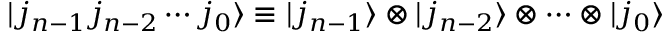
| j _ { n - 1 } j _ { n - 2 } \cdots j _ { 0 } \rangle \equiv | j _ { n - 1 } \rangle \otimes | j _ { n - 2 } \rangle \otimes \cdots \otimes | j _ { 0 } \rangle